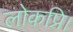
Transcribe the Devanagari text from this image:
लोकप्रि।